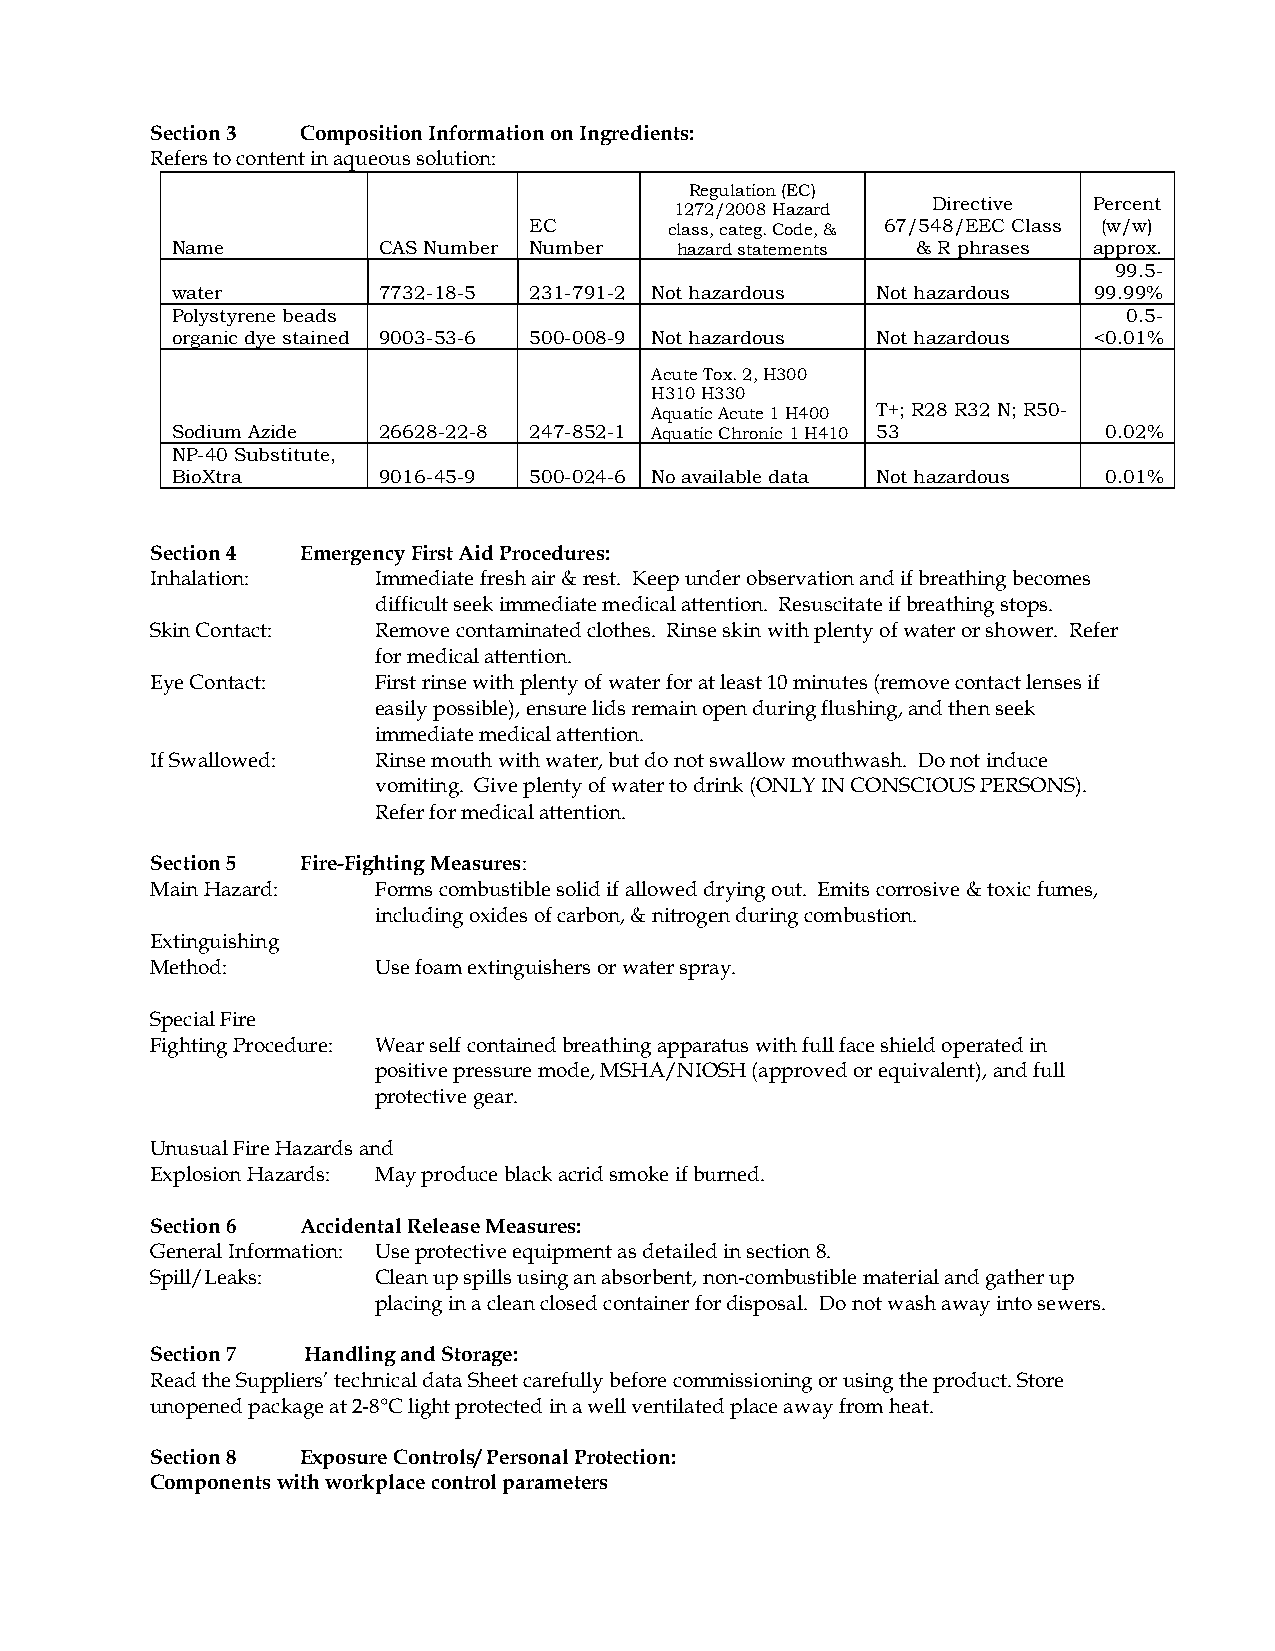
Section 3 Composition Information on Ingredients:
 Refers to content in aqueous solution:
 Regulation (EC)
 Directive Percent
 1272/2008 Hazard
 EC       class, categ. Code, & 67/548/EEC Class (w/w)
 Name          CAS Number Number   hazard statements & R phrases approx.
 99.5-
 water         7732-18-5 231-791-2 Not hazardous Not hazardous 99.99%
 Polystyrene beads                                               0.5-
 organic dye stained 9003-53-6 500-008-9 Not hazardous Not hazardous <0.01%
 Acute Tox. 2, H300
 H310 H330
 Aquatic Acute 1 H400 T + ; R28 R32 N; R50-
 Sodium Azide  26628-22-8 247-852-1 Aquatic Chronic 1 H410 53  0.02%
 NP-40 Substitute,
 BioXtra       9016-45-9 500-024-6 No available data Not hazardous 0.01%
 Section 4 Emergency First Aid Procedures:
 Inhalation:    Immediate fresh air & rest. Keep under observation and if breathing becomes
 difficult seek immediate medical attention. Resuscitate if breathing stops.
 Skin Contact:  Remove contaminated clothes. Rinse skin with plenty of water or shower. Refer
 for medical attention.
 Eye Contact:   First rinse with plenty of water for at least 10 minutes (remove contact lenses if
 easily possible), ensure lids remain open during flushing, and then seek
 immediate medical attention.
 If Swallowed:  Rinse mouth with water, but do not swallow mouthwash. Do not induce
 vomiting. Give plenty of water to drink (ONLY IN CONSCIOUS PERSONS).
 Refer for medical attention.
 Section 5 Fire-Fighting Measures:
 Main Hazard:   Forms combustible solid if allowed drying out. Emits corrosive & toxic fumes,
 including oxides of carbon, & nitrogen during combustion.
 Extinguishing
 Method:        Use foam extinguishers or water spray.
 Special Fire
 Fighting Procedure: Wear self contained breathing apparatus with full face shield operated in
 positive pressure mode, MSHA/NIOSH (approved or equivalent), and full
 protective gear.
 Unusual Fire Hazards and
 Explosion Hazards: May produce black acrid smoke if burned.
 Section 6 Accidental Release Measures:
 General Information: Use protective equipment as detailed in section 8.
 Spill/Leaks:   Clean up spills using an absorbent, non-combustible material and gather up
 placing in a clean closed container for disposal. Do not wash away into sewers.
 Section 7 Handling and Storage:
 Read the Suppliers’ technical data Sheet carefully before commissioning or using the product. Store
 unopened package at 2-8°C light protected in a well ventilated place away from heat.
 Section 8 Exposure Controls/ Personal Protection:
 Components with workplace control parameters